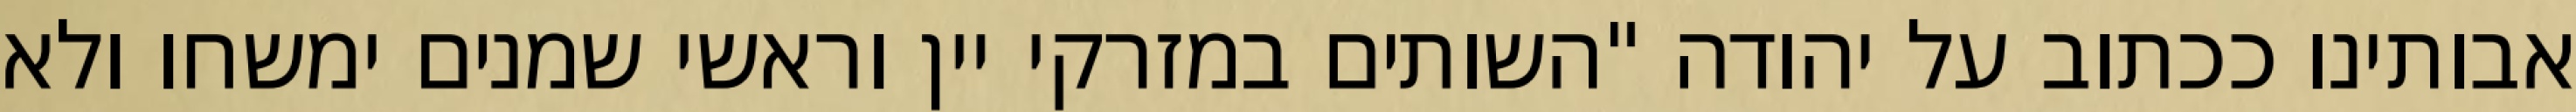
אבותינו ככתוב על יהודה "השותים במזרקי יין וראשי‏ שמנים ימשחו ולא